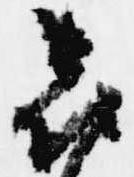
喜